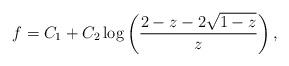
LaTeX: \begin{align*}f= C_1 + C_2 \log \left( \frac {2-z-2\sqrt{1-z}}{z} \right),\end{align*}